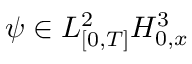
\psi \in L _ { [ 0 , T ] } ^ { 2 } H _ { 0 , x } ^ { 3 }